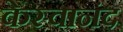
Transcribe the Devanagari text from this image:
केस्वानंद